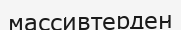
массивтерден